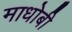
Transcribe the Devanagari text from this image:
माधोबी